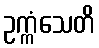
ဥက္ကံသေတိ